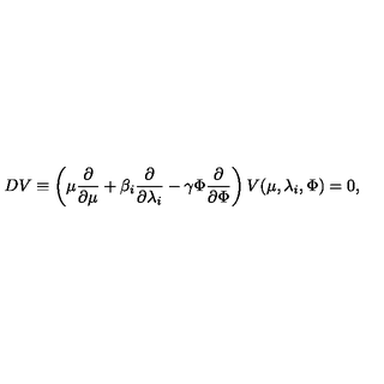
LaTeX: D V \equiv \left( \mu \frac { \partial } { \partial \mu } + \beta _ { i } \frac { \partial } { \partial \lambda _ { i } } - \gamma \Phi \frac { \partial } { \partial \Phi } \right) V ( \mu , \lambda _ { i } , \Phi ) = 0 ,